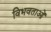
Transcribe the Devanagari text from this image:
विभवताओं